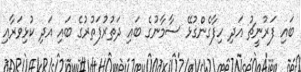
ބައި ފަރުނީޗު އަދި ހިފާގެންގުޅޭ ސާމާނުގެ ބައި ދަތުރުފަތުރުގެ ބައި އަދި ކުޅިވަރާއި